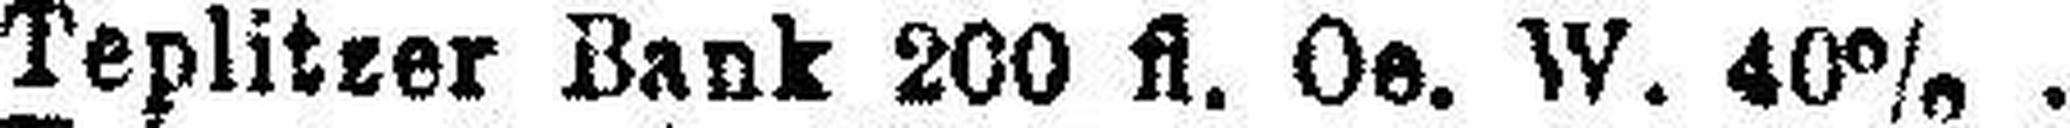
Teplitzer Bank 200 fl. Oe. W. 40%